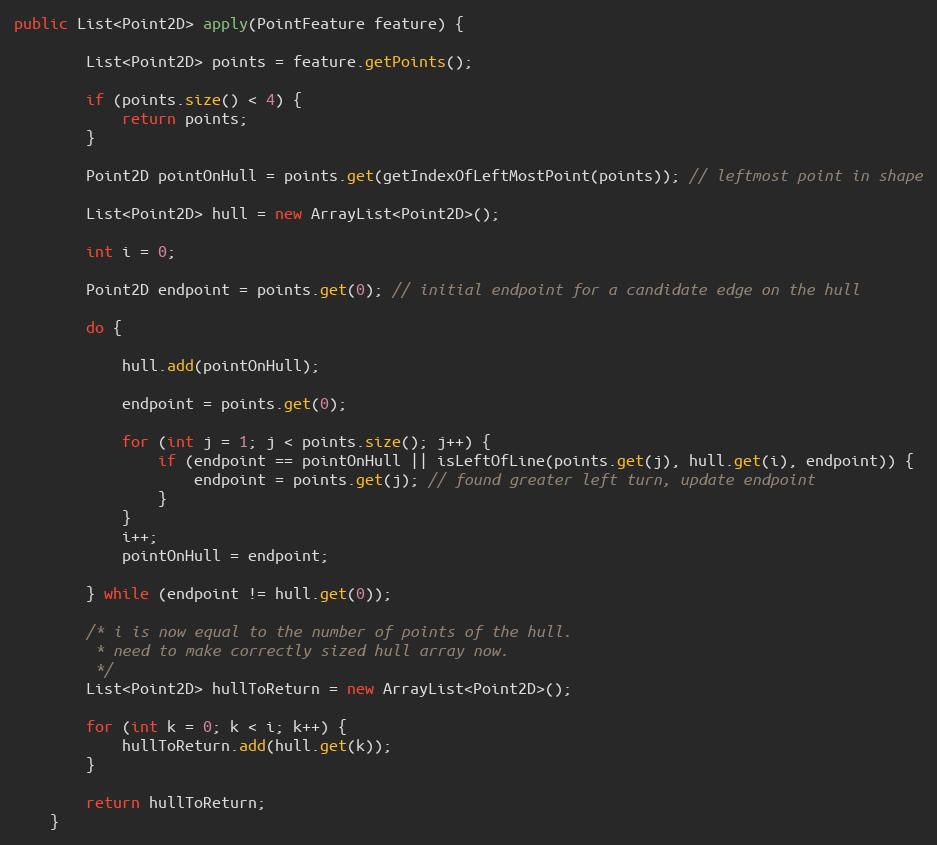
Language: Java
public List<Point2D> apply(PointFeature feature) {

        List<Point2D> points = feature.getPoints();

        if (points.size() < 4) {
            return points;
        }

        Point2D pointOnHull = points.get(getIndexOfLeftMostPoint(points)); // leftmost point in shape

        List<Point2D> hull = new ArrayList<Point2D>();

        int i = 0;

        Point2D endpoint = points.get(0); // initial endpoint for a candidate edge on the hull

        do {

            hull.add(pointOnHull);

            endpoint = points.get(0);

            for (int j = 1; j < points.size(); j++) {
                if (endpoint == pointOnHull || isLeftOfLine(points.get(j), hull.get(i), endpoint)) {
                    endpoint = points.get(j); // found greater left turn, update endpoint
                }
            }
            i++;
            pointOnHull = endpoint;

        } while (endpoint != hull.get(0));

		/* i is now equal to the number of points of the hull.
		 * need to make correctly sized hull array now.
		 */
        List<Point2D> hullToReturn = new ArrayList<Point2D>();

        for (int k = 0; k < i; k++) {
            hullToReturn.add(hull.get(k));
        }

        return hullToReturn;
    }